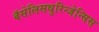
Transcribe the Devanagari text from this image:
बॅसेलिसथुरिन्जेन्सिस